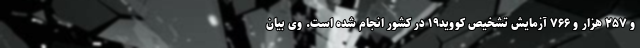
و ۲۵۷ هزار و ۷۶۶ آزمایش تشخیص کووید۱۹ در کشور انجام شده است. وی بیان